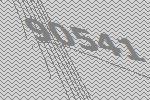
90541